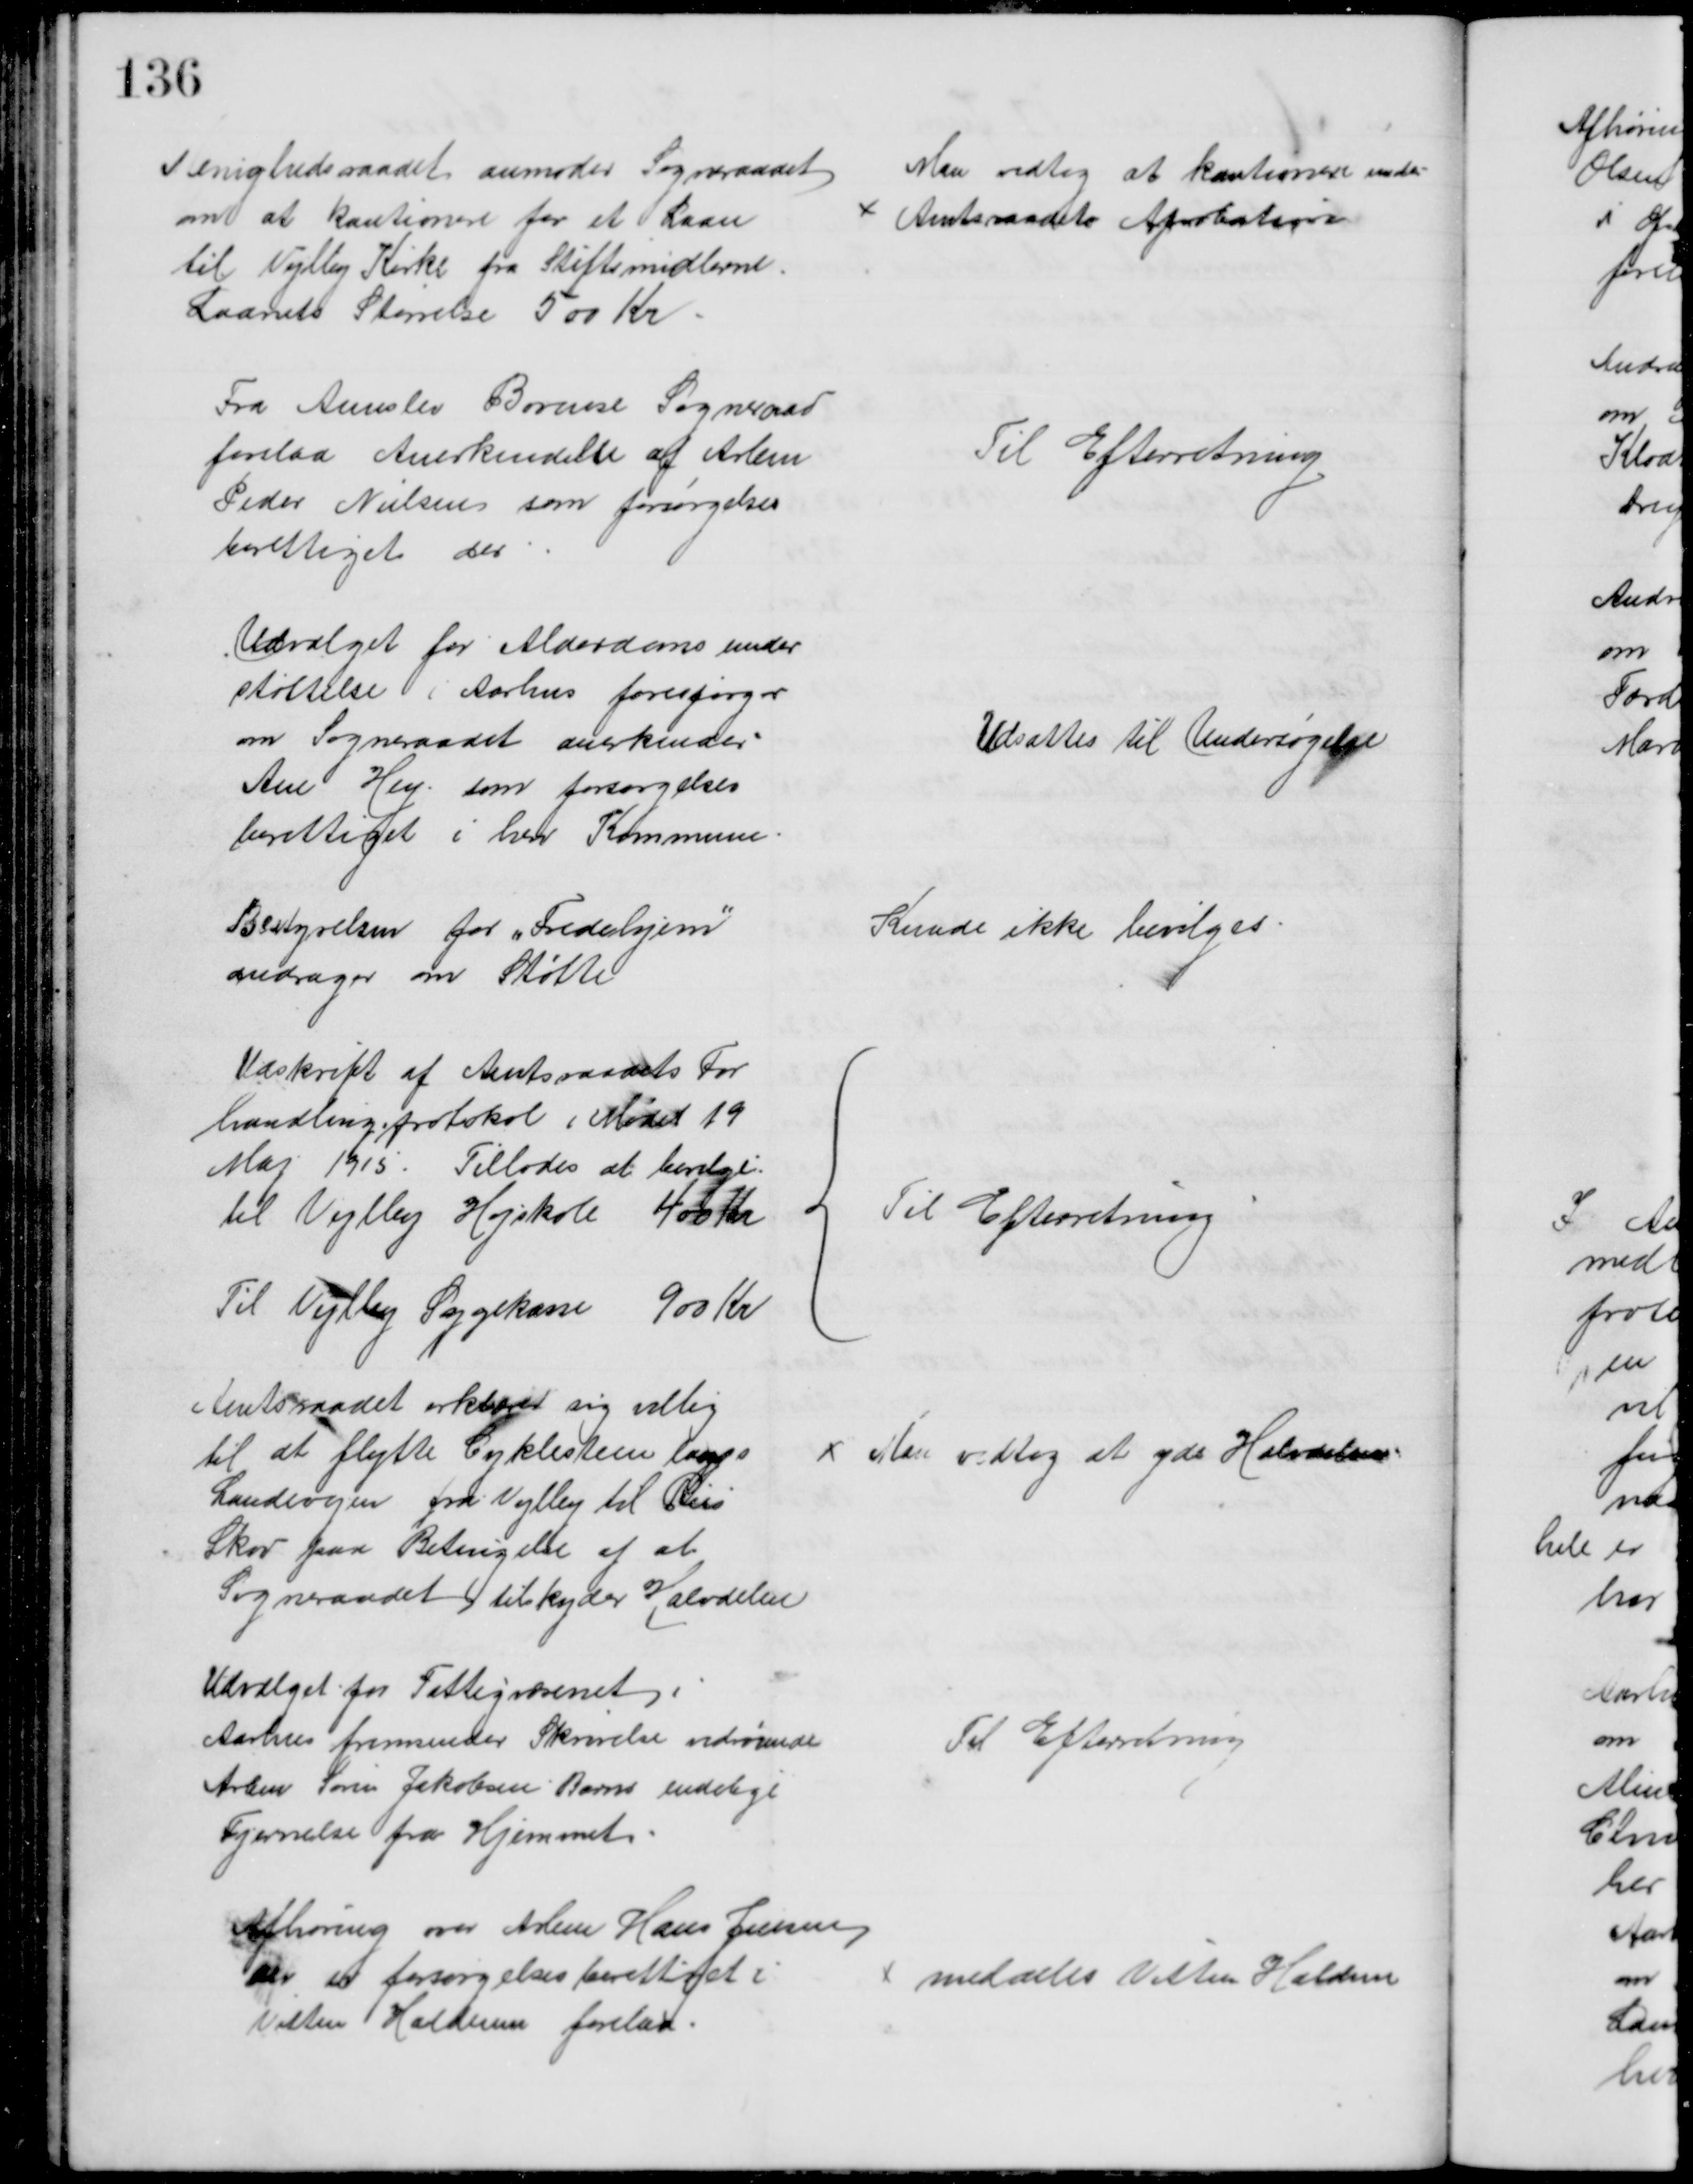
Transskription:
Menighedsraadet anmoder Sogneraadet
om at kautionere for et Laan
til Vejlby Kirke fra Stiftsmidlerne.
Laanets Størrelse 500 Kr
Man vedtog at kautionere under
Amtsraadets Aprobation
Fra Aunslev Bovense Sogneraad
forelaa Anerkendelse af Arbm
Peder Nielsen som forsørgelses
berettiget der
Til Efterretning
Udvalget for Alderdomsunder
støttelse i Aarhus forespørger
om Sogneraadet anerkender
Ane Hey, som forsørgelses
berettiget i herv Kommune
Udsattes til Undersøgelse
Bestyrelsen for „Fredehjem"
andrager om Støtte
Kunde ikke bevilges
Udskrift af Amtsraadets For
handlingsprotokol i Mødet 19
Maj 1915. Tillodes at bevilge:
til Vejlby Højskole 400 Kr
Til Vejlby Sygekasse 900 Kr
Til Efterretning
Amtsraadet erklærer sig villig
til at flytte Cyklestien langs 
Landevejen fra Vejlby til Riis
Skov paa Betingelse af at
Sogneraadet tilskyder Halvdelen
Man vedtog at yde Halvdelen
Udvalget for Fattigvæsenet i
Aarhus fremsender Skrivelse vedrørende
Arbm Søren Jakobsen Barns endelige
Fjernelse fra Hjemmet.
Til Efterretning
Afhøring over Arbm Hans Jensen
der er forsørgelsesberettiget i
Vitten Haldum forelaa.
meddeles Vitten Haldum